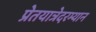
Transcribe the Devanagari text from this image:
प्रेतयात्रेदरम्यान